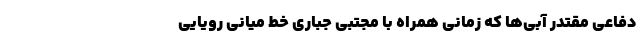
دفاعی مقتدر آبی‌ها که زمانی همراه با مجتبی جباری خط میانی رویایی